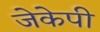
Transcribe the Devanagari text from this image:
जेकेपी